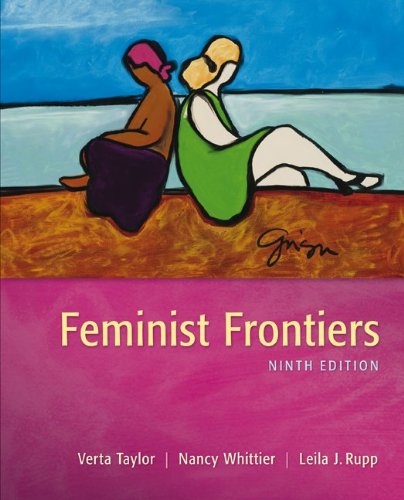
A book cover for Feminist Frontiers; Verta Taylor; Politics & Social Sciences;